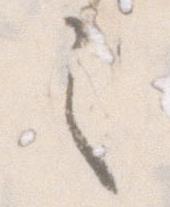
之